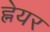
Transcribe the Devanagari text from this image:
ह्नेयर